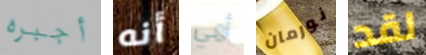
أجبره أنه أمي نورمان لقد